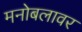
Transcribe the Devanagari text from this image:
मनोबलावर